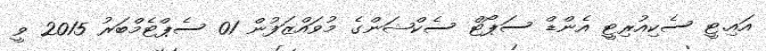
އައި.ޓީ ސެކިއުރިޓީ އެންޑް ސަޕޯޓް ސެކްޝަންގެ މުވައްޒަފުން 01 ސެޕްޓެމްބަރު 2015 ވީ